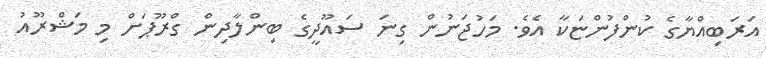
އަރަބިއްޔާގެ ކުންފުންޏަކާ އެވެ. މަހުޖަނުން ގިނަ ސައޫދީގެ ބިންލާދިން ގްރޫޕަށް މި މަޝްރޫއު